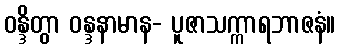
ဝန္ဒိတွာ ဝန္ဒနာမာန- ပူဇာသက္ကာရဘာဇနံ။